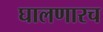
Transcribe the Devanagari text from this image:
घालणारच